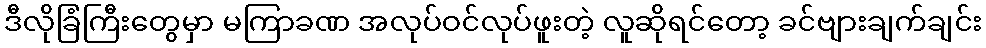
ဒီလိုခြံကြီးတွေမှာ မကြာခဏ အလုပ်ဝင်လုပ်ဖူးတဲ့ လူဆိုရင်တော့ ခင်ဗျားချက်ချင်း